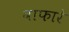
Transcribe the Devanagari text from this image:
वाफारे